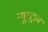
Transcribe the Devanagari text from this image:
न्यूस्ट्राम